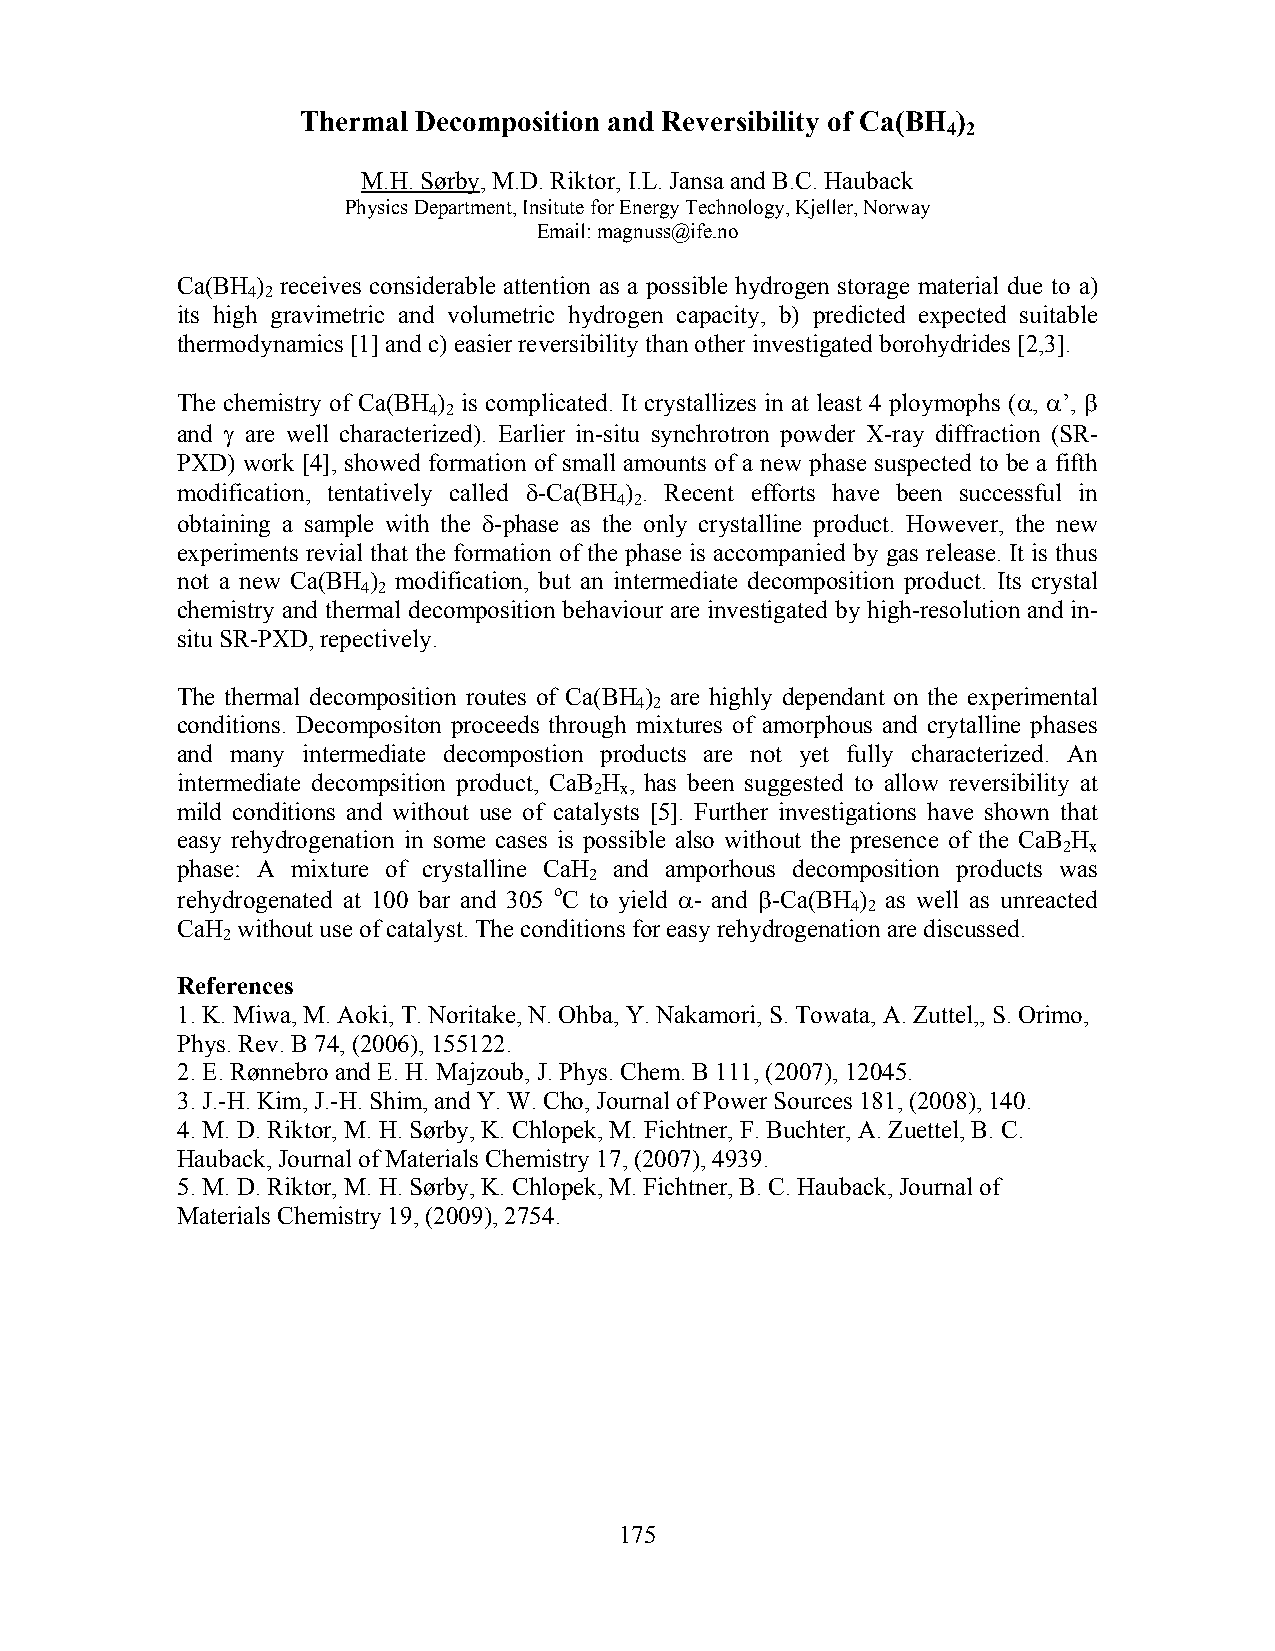
Thermal Decomposition and Reversibility of Ca(BH )
 4 2
 M.H. Sørby, M.D. Riktor, I.L. Jansa and B.C. Hauback
 Physics Department, Insitute for Energy Technology, Kjeller, Norway
 Email: magnuss@ife.no
 Ca(BH ) receives considerable attention as a possible hydrogen storage material due to a)
 4 2
 its high gravimetric and volumetric hydrogen capacity, b) predicted expected suitable
 thermodynamics [1] and c) easier reversibility than other investigated borohydrides [2,3].
 The chemistry of Ca(BH ) is complicated. It crystallizes in at least 4 ploymophs (α, α’, β
 4 2
 and γ are well characterized). Earlier in-situ synchrotron powder X-ray diffraction (SR-
 PXD) work [4], showed formation of small amounts of a new phase suspected to be a fifth
 modification, tentatively called δ-Ca(BH ) . Recent efforts have been successful in
 4 2
 obtaining a sample with the δ-phase as the only crystalline product. However, the new
 experiments revial that the formation of the phase is accompanied by gas release. It is thus
 not a new Ca(BH ) modification, but an intermediate decomposition product. Its crystal
 4 2
 chemistry and thermal decomposition behaviour are investigated by high-resolution and in-
 situ SR-PXD, repectively.
 The thermal decomposition routes of Ca(BH ) are highly dependant on the experimental
 4 2
 conditions. Decompositon proceeds through mixtures of amorphous and crytalline phases
 and many intermediate decompostion products are not yet fully characterized. An
 intermediate decompsition product, CaB H , has been suggested to allow reversibility at
 2 x
 mild conditions and without use of catalysts [5]. Further investigations have shown that
 easy rehydrogenation in some cases is possible also without the presence of the CaB H
 2 x
 phase: A mixture of crystalline CaH and amporhous decomposition products was
 2
 rehydrogenated at 100 bar and 305 oC to yield α- and β-Ca(BH ) as well as unreacted
 4 2
 CaH without use of catalyst. The conditions for easy rehydrogenation are discussed.
 2
 References
 1. K. Miwa, M. Aoki, T. Noritake, N. Ohba, Y. Nakamori, S. Towata, A. Zuttel,, S. Orimo,
 Phys. Rev. B 74, (2006), 155122.
 2. E. Rønnebro and E. H. Majzoub, J. Phys. Chem. B 111, (2007), 12045.
 3. J.-H. Kim, J.-H. Shim, and Y. W. Cho, Journal of Power Sources 181, (2008), 140.
 4. M. D. Riktor, M. H. Sørby, K. Chlopek, M. Fichtner, F. Buchter, A. Zuettel, B. C.
 Hauback, Journal of Materials Chemistry 17, (2007), 4939.
 5. M. D. Riktor, M. H. Sørby, K. Chlopek, M. Fichtner, B. C. Hauback, Journal of
 Materials Chemistry 19, (2009), 2754.
 175